Annual report on the health of the army in India
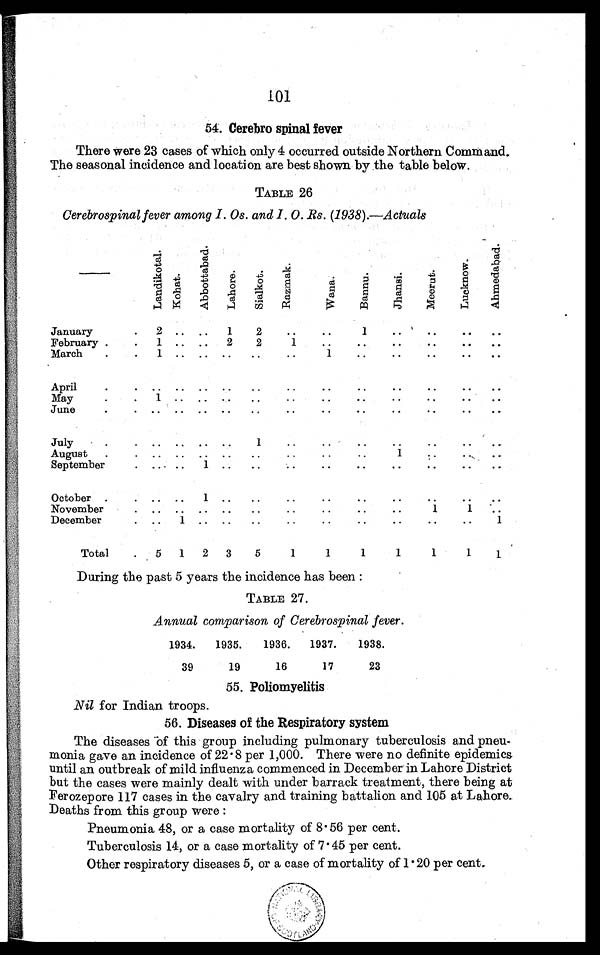
54. Cerebro spinal fever
There were 23 cases of which only 4 occurred outside Northern Command.
The seasonal incidence and location are best shown by the table below.
TABLE 26
Cerebrospinal fever among I. Os. and I.
O..Rs. (1938).—Actuals
L a n d i k o t a l
K o h a t
A b b o t t a b a d
L a h o r e
S i a l k o t
R a z m a k
W a n a
B a n n u
J h a n s i
M e e r u t
L u c k n o w
A h m e d a b a d
January
. 2 .. ..
1
2
..
..
1
..
..
..
..
February .
.
1
. .
. .
2 2
1
..
..
..
. . ..
March
.
. 1
. .
. .
. . ..
..
1
..
..
..
..
..
April
. .. .. .. ..
..
..
..
..
..
..
..
..
May
.
.
1
. .
. .
. . ..
..
..
..
..
..
..
June
.
. .. .. .. ..
..
..
..
..
.. ..
..
..
July
.
.
. .
..
. .
1
..
..
..
..
..
..
. .
August
.
.
.. .. ..
..
..
..
1
. .
. .
. .
September
.
.. . .
1
..
..
..
..
..
..
..
October
.
. .
1
. .
. .
..
..
..
..
..
. .
. .
November
. .. .. .. ..
..
..
..
..
..
1
1
.
December
..
..
..
..
..
..
..
1
Total
. 5
1
2
3
5
1
1
1
1
1
1
During the past 5 years the incidence has been :
TABLE 27.
Annual comparison of Cerebrospinal fever.
1934.
1935.
1936.
1937.
1938.
39
19
16
17
23
55. Poliomyelitis
Nil for Indian troops.
56. Diseases of the Respiratory system
The diseases -of this group including pulmonary tuberculosis and pneu-
monia gave an incidence of 22 . 8 per 1,000. There were no definite epidemics
until an outbreak of mild influenza commenced in December in Lahore District
but the cases were mainly dealt with under barrack treatment, there being at
Ferozepore 117 cases in the cavalry and training battalion and 105 at Lahore.
Deaths from this group were :
Pneumonia 48, or a case mortality of 8 . 56 per cent.
Tuberculosis 14, or a case mortality of 7 . 45 per cent.
Other respiratory diseases 5, or a case of mortality of 1 . 20 per cent.